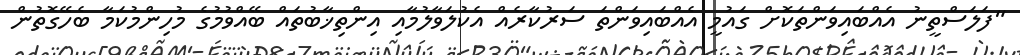
"ފަލަސްތީނު އެއްބައިވަންތަކޮށް ގައުމީ އެއްބައިވަންތަ ސަރުކާރެއް އެކުލަވާލުމާއި އިންތިޚާބުތައް ބޭއްވުމުގެ މުހިންމުކަމާ ބެހޭގޮތުން